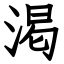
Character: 渇